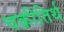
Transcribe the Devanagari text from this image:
चक्रीतिर्थ